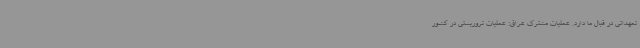
تعهداتی در قبال ما دارد. عملیات مشترک عراق: عملیات تروریستی در کشور